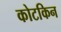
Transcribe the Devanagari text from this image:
कोटकिन